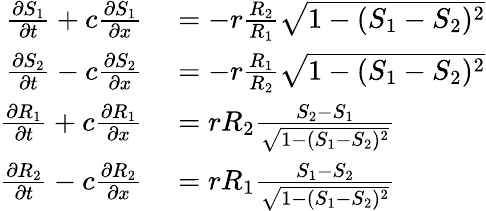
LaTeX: \begin{array}{rl}{\frac{\partial S_{1}}{\partial t}+c\frac{\partial S_{1}}{\partial x}}&{{}=-r\frac{R_{2}}{R_{1}}\sqrt{1-(S_{1}-S_{2})^{2}}}\\ {\frac{\partial S_{2}}{\partial t}-c\frac{\partial S_{2}}{\partial x}}&{{}=-r\frac{R_{1}}{R_{2}}\sqrt{1-(S_{1}-S_{2})^{2}}}\\ {\frac{\partial R_{1}}{\partial t}+c\frac{\partial R_{1}}{\partial x}}&{{}=rR_{2}\frac{S_{2}-S_{1}}{\sqrt{1-(S_{1}-S_{2})^{2}}}}\\ {\frac{\partial R_{2}}{\partial t}-c\frac{\partial R_{2}}{\partial x}}&{{}=rR_{1}\frac{S_{1}-S_{2}}{\sqrt{1-(S_{1}-S_{2})^{2}}}}\end{array}